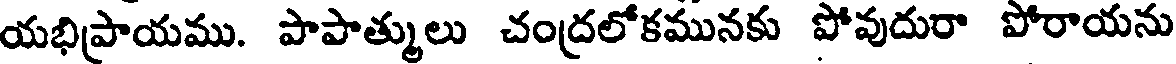
యభిప్రాయము. పాపాత్ములు చంద్రలోకమునకు పోవుదురా పోరాయను